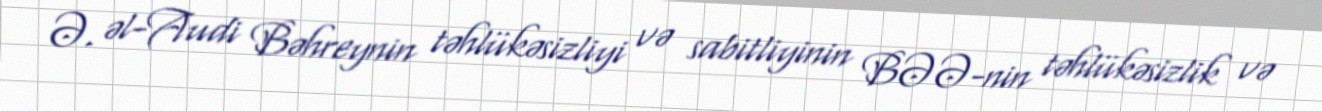
Ə. əl-Audi Bəhreynin təhlükəsizliyi və sabitliyinin BƏƏ-nin təhlükəsizlik və